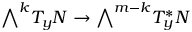
{ \textstyle \bigwedge } ^ { k } T _ { y } N \to { \textstyle \bigwedge } ^ { m - k } T _ { y } ^ { * } N